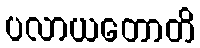
ပလာယတောတိ